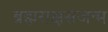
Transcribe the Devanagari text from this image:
ब्रह्मराक्षसजन्म